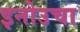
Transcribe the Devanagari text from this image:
इनोउचा